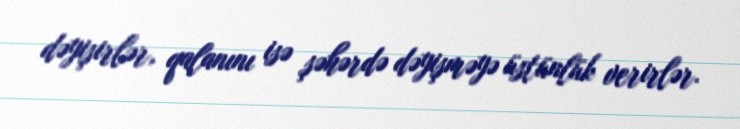
dəyişirlər, qalanını isə şəhərdə dəyişməyə üstünlük verirlər.